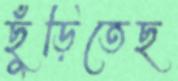
ছুঁড়িতেছ